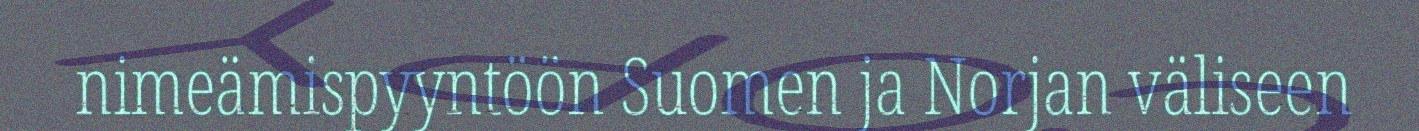
nimeämispyyntöön Suomen ja Norjan väliseen